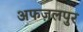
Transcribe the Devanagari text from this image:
अफज़लपुर